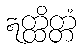
ဣတ္ထိတ္တံ